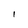
Character: 1